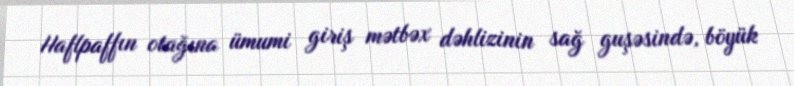
Haflpaffın otağına ümumi giriş mətbəx dəhlizinin sağ guşəsində, böyük